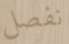
نفصل